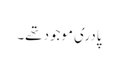
پادری موجود تھے۔